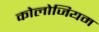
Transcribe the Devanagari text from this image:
कोलोजियम